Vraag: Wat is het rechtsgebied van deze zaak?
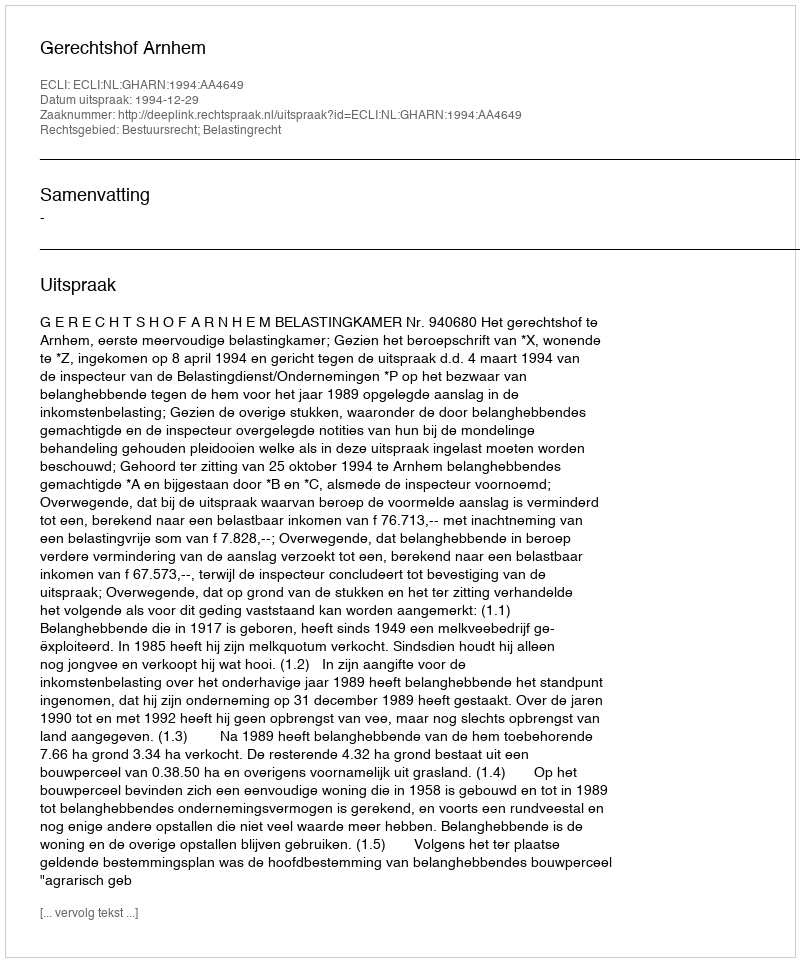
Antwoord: Bestuursrecht; Belastingrecht